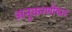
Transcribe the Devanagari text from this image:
अनुकरणीयता